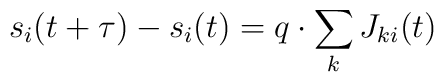
s_i(t+\tau)-s_i(t)=q\cdot\sum_k  J_{ki}(t)